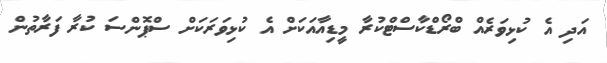
އަދި އެ ކުޅިވަރެއް ބްރޯޑްކާސްޓްކުރާ މީޑިއާއަކަށް އެ ކުޅިވަރަކަށް ސްޕޮންސަ ކުރާ ފަރާތުން